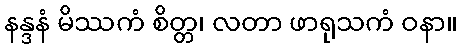
နန္ဒနံ မိဿကံ စိတ္တ၊ လတာ ဖာရုသကံ ဝနာ။